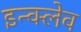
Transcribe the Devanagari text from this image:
इन्क्लेव